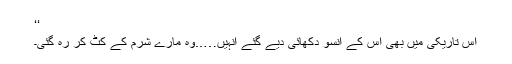
‘‘
اس تاریکی میں بھی اس کے آنسو دکھائی دیے گئے انہیں…..وہ مارے شرم کے کٹ کر رہ گئی۔